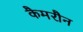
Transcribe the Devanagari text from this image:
कैमरौन